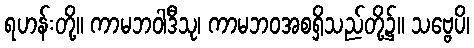
ရဟန်းတို့။ ကာမဘဝါဒီသု၊ ကာမဘဝအစရှိသည်တို့၌။ သဗ္ဗေပိ၊